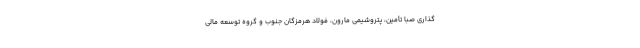
گذاری صبا تأمین، پتروشیمی مارون، فولاد هرمزگان جنوب و گروه توسعه مالی